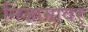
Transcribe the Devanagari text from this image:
निजामावर्